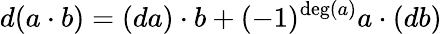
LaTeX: d(a\cdot b)=(da)\cdot b+(-1)^{\deg(a)}a\cdot(db)